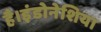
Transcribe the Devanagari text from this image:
है।इंडोनेशिया